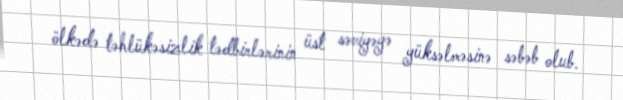
ölkədə təhlükəsizlik tədbirlərinin üst səviyəyə yüksəlməsinə səbəb olub.